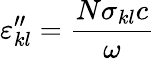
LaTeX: \varepsilon_{kl}^{"}={\frac{N\sigma_{kl}c}{\omega}}